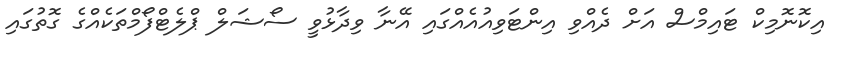
އިކޮނޮމިކް ޓައިމްސް އަށް ދެއްވި އިންޓަވިއުއެއްގައި އޭނާ ވިދާޅުވީ ސޯޝަލް ޕްލެޓްފޯމްތަކެއްގެ ގޮތުގައި